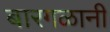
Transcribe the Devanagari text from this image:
बारगळानी